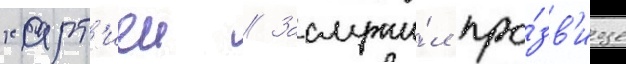
харт'иеи // Заслужи́л про́зв'ище